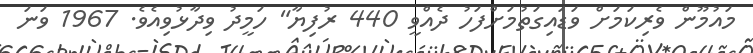
މައުމޫން ވެރިކަމަށް ވަަޑައިގަތުމަށްފަހު ދެއްވީ 440 ރުފިޔާ" ހަމީދު ވިދާޅުވިއެވެ. 1967 ވަނަ